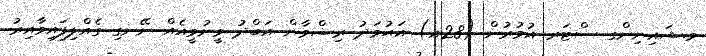
މ.ޝައިނިންގ ސްޓަރ އުމުރުން (28އ) އަޙުމަދު ރިޟްވާން އަބްދު ވީނުވީއެއް ނޭނގި ގެއްލިފައިވާއިރު